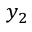
y _ { 2 }